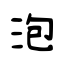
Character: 泡